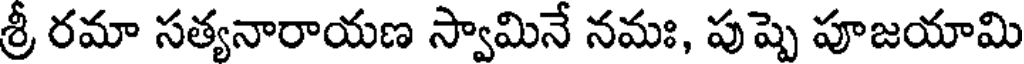
శ్రీ రమా సత్యనారాయణ స్వామినే నమః, పుష్పె పూజయామి